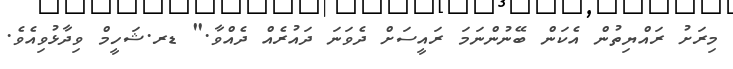
މިރަށު ރައްޔިތުން އެކަން ބޭނުންނަމަ ރައީސަށް ދެވަނަ ދައުރެއް ދެއްވާ." ޑރ.ޝަހީމް ވިދާޅުވިއެވެ.